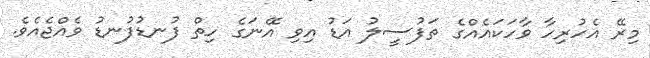
މިރޭ އެހުރިހާ ވާހަކައެއްގެ ތަފުސީލު އަޑު އިވި އޭނަގެ ހިތް ފުނޑުފުނޑު ވެއްޖެއެވެ.